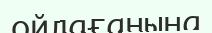
ойлағанына